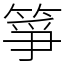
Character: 箏